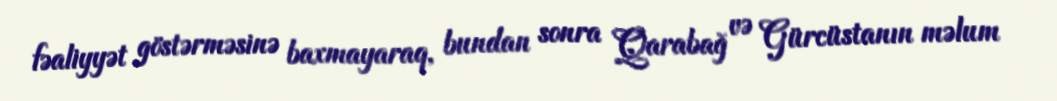
fəaliyyət göstərməsinə baxmayaraq, bundan sonra Qarabağ və Gürcüstanın məlum